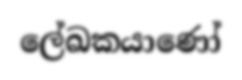
ලේඛකයාණෝ